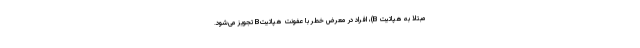
مبتلا به هپاتیت B)، افراد در معرض خطر با عفونت هپاتیتB تجویز می‌شود.